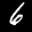
Label: 6